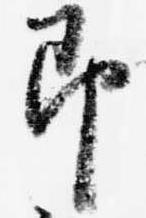
即